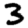
Digit: 3